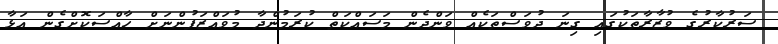
ސަރުކާރުގެ ވުޒާރާތަކުގައި ގިނަ ދުވަސްތަކެއް ވަންދެން މަސައްކަތް ކުރަމުންދާ މުވައްޒަފުންނަށް ހާއްސަކޮށްގެން އަޅާ